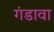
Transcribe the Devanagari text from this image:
गंडावा